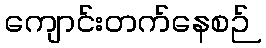
ကျောင်းတက်နေစဉ်